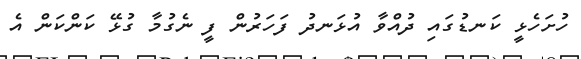
ހުށަހެޅީ ކަނޑުގައި ދުއްވާ އުޅަނދު ފަހަރުން ފީ ނެގުމާ ގުޅޭ ކަންކަން އެ